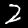
Label: 2